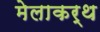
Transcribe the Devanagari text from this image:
मेलाकर्थ